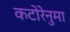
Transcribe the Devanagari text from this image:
कटोरेनुमा